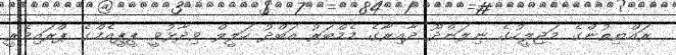
ރައްޔިތުންގެ މަޖިލީހުގެ ނިލަންދޫ ދާއިރާގެ މެމްބަރު އަބްދު ހަލީލް ވިދާޅުވީ ޕީޕީއެމްގެ ޕްރައިމެރީ